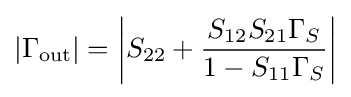
|\Gamma _{\mathrm {out} }|=\left|S_{22}+{\frac {S_{12}S_{21}\Gamma _{S}}{1-S_{11}\Gamma _{S}}}\right|